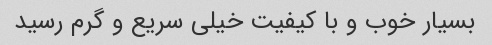
بسیار خوب و با کیفیت خیلی سریع و گرم رسید